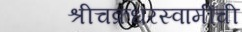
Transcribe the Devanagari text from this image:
श्रीचक्रधरस्वामींची